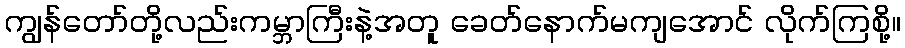
ကျွန်တော်တို့လည်းကမ္ဘာကြီးနဲ့အတူ ခေတ်နောက်မကျအောင် လိုက်ကြစို့။